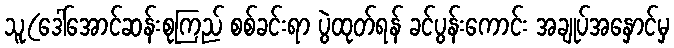
သူ(ဒေါ်အောင်ဆန်းစုကြည် စစ်ခင်းရာ ပွဲထုတ်ရန် ခင်ပွန်းကောင်း အချုပ်အနှောင်မှ